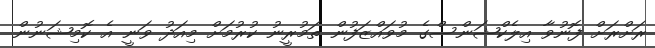
ރަށްރަށް ފޮނުވާ އިލެކްޝަންސްގެ މުވައްޒަފުން ތަމުރީނު ކުރުމަށް މިއަދު ވަނީ އެ ކޮމިޝަނުން